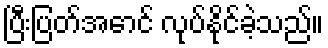
ပြီးပြတ်အောင် လုပ်နိုင်ခဲ့သည်။